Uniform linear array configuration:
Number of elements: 64
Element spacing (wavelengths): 0.25
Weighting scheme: hamming
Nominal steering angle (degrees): -45
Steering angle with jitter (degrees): -45.6
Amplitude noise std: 0.05
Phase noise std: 0.05

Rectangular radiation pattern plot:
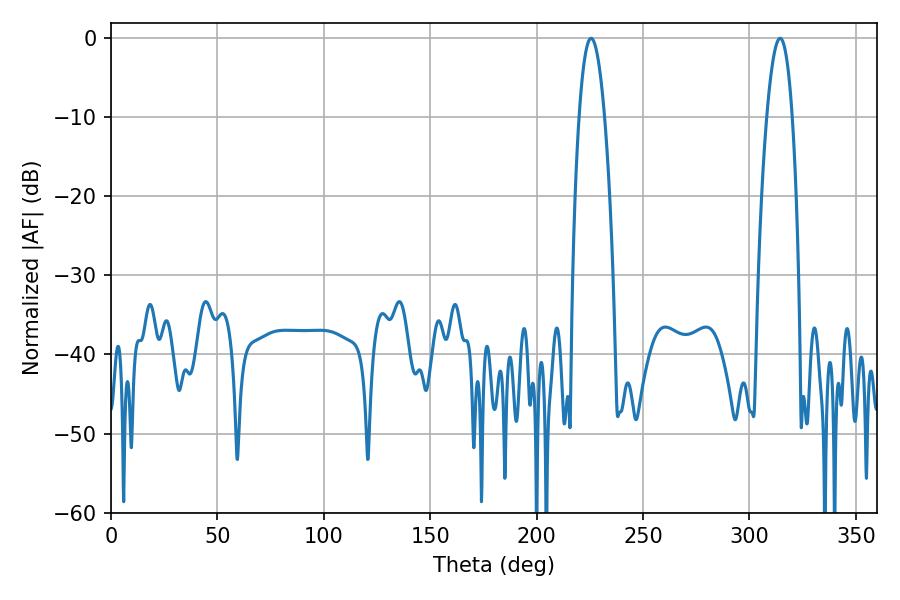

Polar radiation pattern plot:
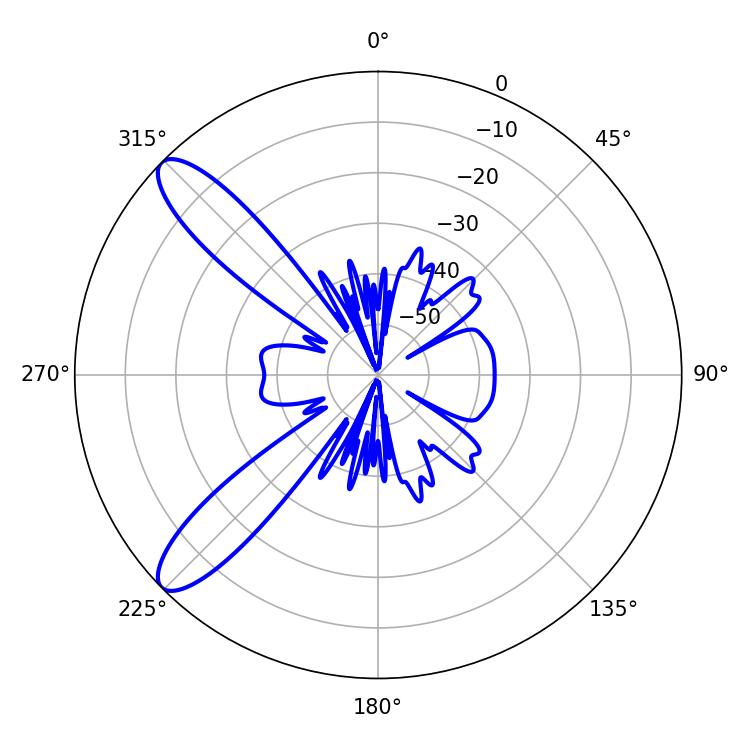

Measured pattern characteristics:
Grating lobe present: FALSE
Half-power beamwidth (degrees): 6.48
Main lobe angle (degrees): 314.46